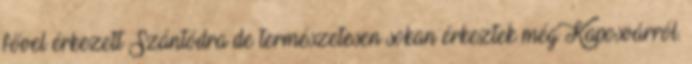
fővel érkezett Szántódra de természetesen sokan érkeztek még Kaposvárról.